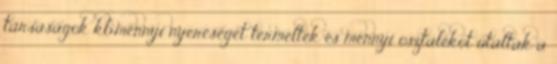
társaságok kb.mennyi nyereséget termeltek és mennyi osztalékot utaltak a